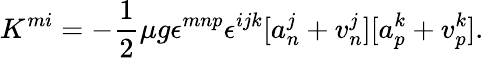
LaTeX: K^{mi}=-\frac{1}{2}\mu g\epsilon^{mnp}\epsilon^{ijk}[a_{n}^{j}+v_{n}^{j}][a_{p}^{k}+v_{p}^{k}].